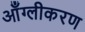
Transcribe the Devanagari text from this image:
आँग्लीकरण